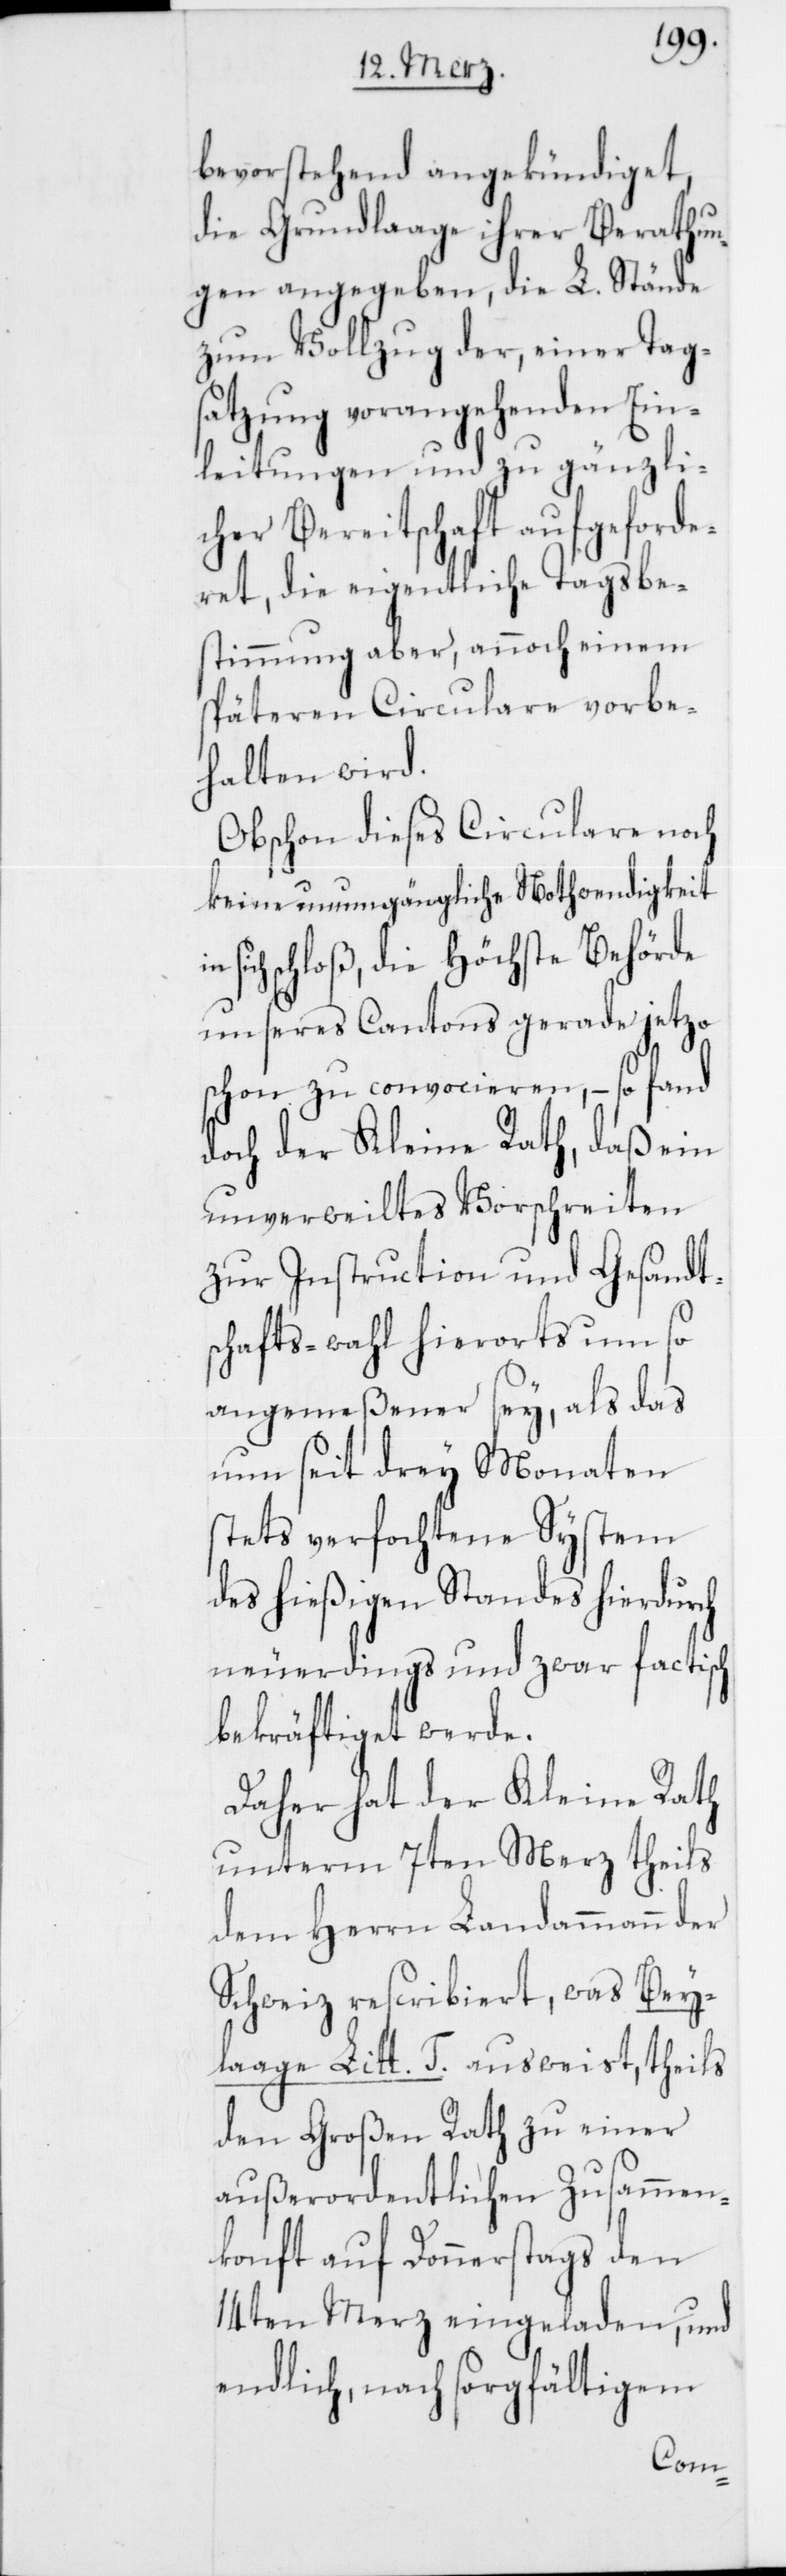
bevorstehend angekündiget,
die Grundlaage ihrer Berathu¬
ngen angegeben, die L. Stände
zum Vollzug der, einer Tag¬
satzung vorangehenden Ein¬
leitungen und zu gänzli¬
cher Bereitschaft aufgeforde¬
ret, die eigentliche Tagsbe¬
stimmung aber, annoch einem
späteren Circulare vorbe¬
halten wird.
Obschon dieses Circulare noch
keine unumgängliche Nothwendigkeit
sich schloß, die Höchste Behörde
unseres Cantons gerade jetzo
schon zu convocieren, – so fand
doch der Kleine Rath, daß ein
unverweiltes Vorschreiben
zur Instruction und Gesandt¬
schafts-wahl hierorts um so
angemeßener sey, als das
nun seit drey Monaten
stets verfochtene System
des hießigen Standes hierdurch
neuerdings und zwar factisch
bekräftiget werde.
Daher hat der Kleine Rath
unterm 7ten Merz theils
dem Herrn Landammann der
Schweiz rescribiert, was Bey¬
laage Litt. T. ausweist, theils
den Großen Rath zu einer
außerordentlichen Zusammen¬
konft auf Donnerstags den
14ten Merz eingeladen, und
endlich, nach sorgfältigem